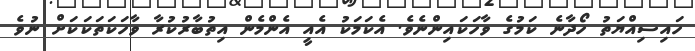
ހައިސިއްޔަތު ހޯދާނެ ކަމުގެ ވާހަކައިންނެވެ. އެކަމަކު އެއީ އެންމެން އިތުބާރުކުރާ ވާހަކަތަކަކަށް ނުވެ